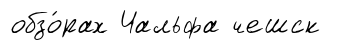
обзо́рах Чальфа чешск